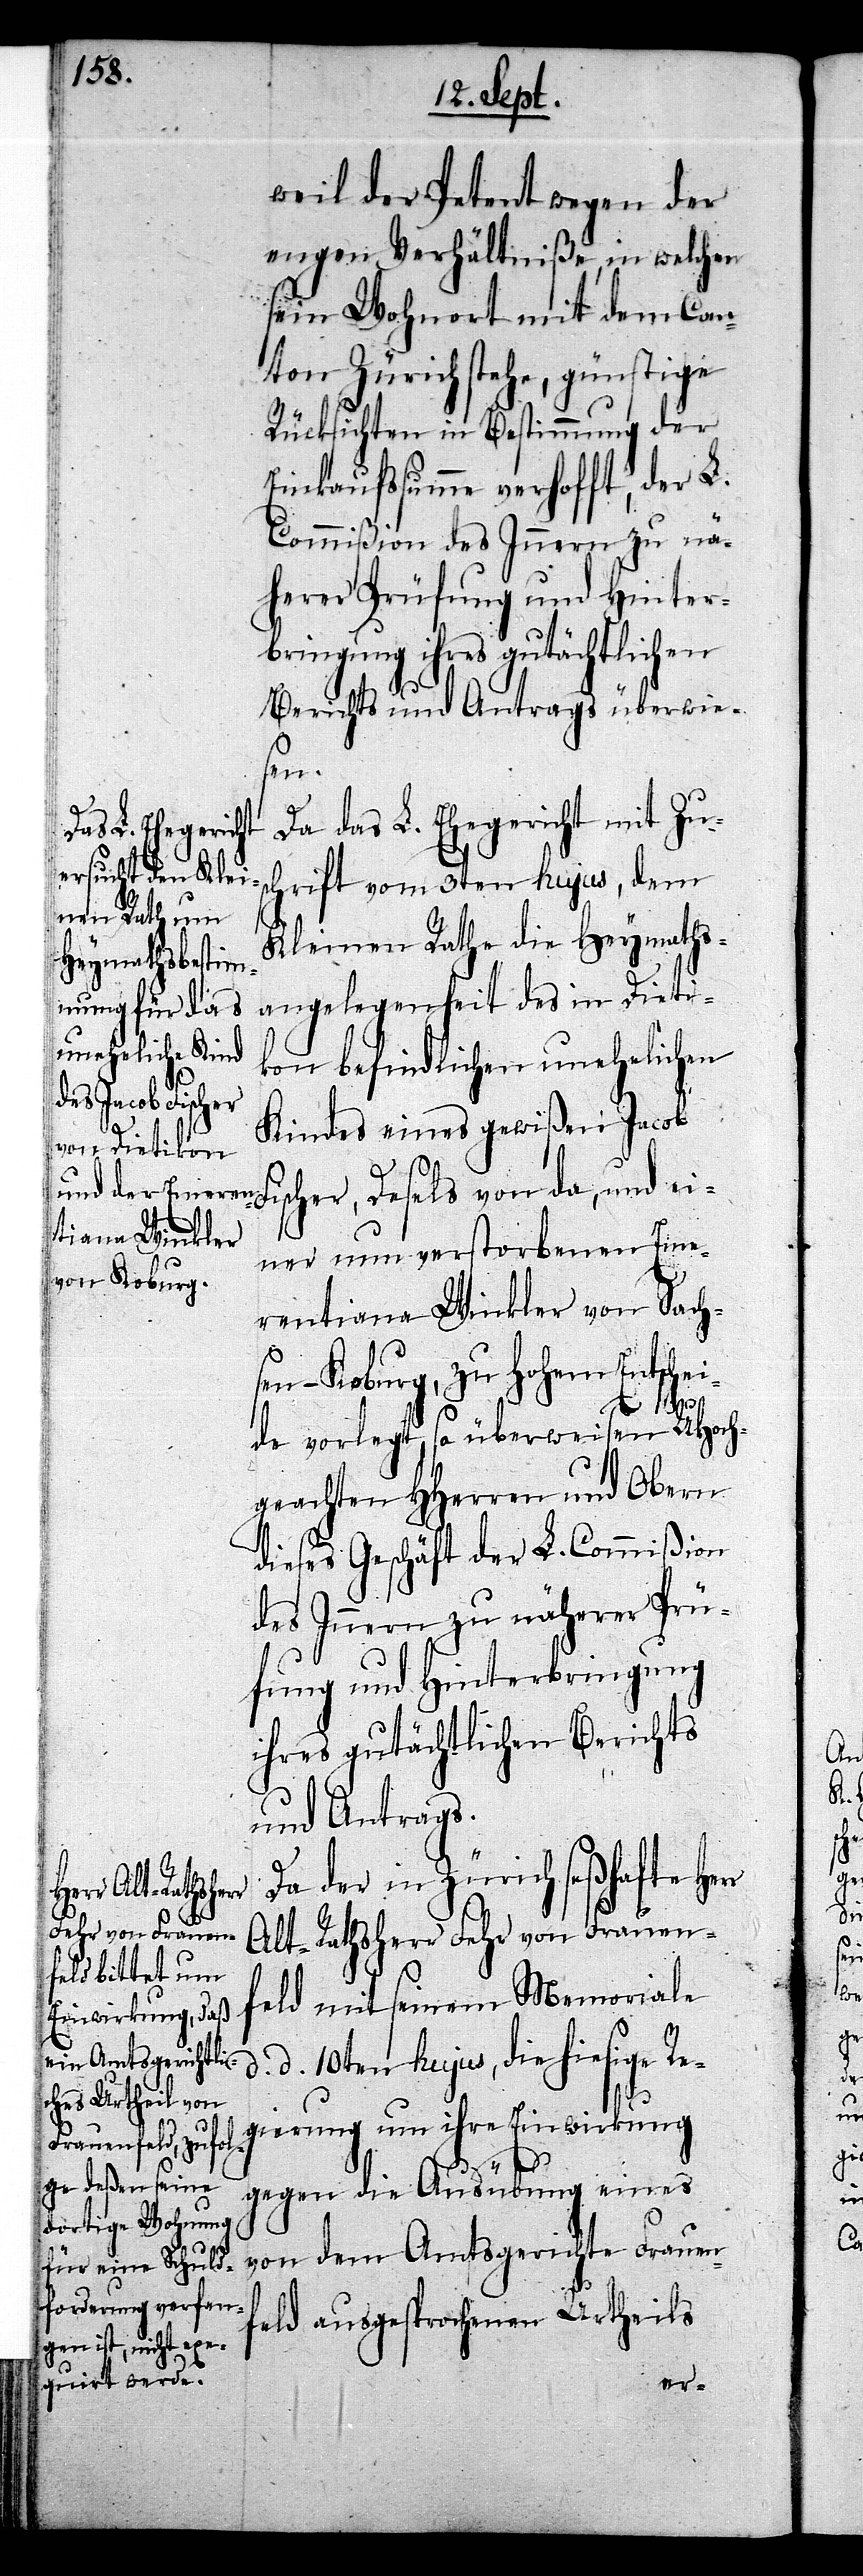
weil der Petent wegen der
engen Verhältniße, in welchen
sein Wohnort mit dem Can¬
ton Zürich stehe, günstige
Rücksichten in Bestimmung der
Einkaufssumme verhofft, der L.
Commißion des Innern zu nä¬
herer Prüfung und Hinter¬
bringung ihres gutächtlichen
Berichts und Antrags überwie¬
sen
rr
Da das L. Ehegericht mit Zu¬
schrift vom 3ten hujus, dem
Kleinen Rathe die Heymaths¬
angelegenheit des in Dieti¬
kon befindlichen unehelichen
Kindes eines gewißen Jacob
ner unverstorbenen Eme¬
rentiana Winkler von Sach¬
– Koburg, zu hohem Entschei¬
de vorlegt, so überweisen UHoch¬
geachten HHerren und Obern
dieses Geschäft der L. Commißion
des Innern zu näherer Prü¬
fung und Hinterbringung
ihres gutächtlichen Berichts
und Antrags.
Da der in Zürich seßhafte He¬
Alt-Rathsherr Fehr von Frauen¬
feld mit seinem Memoriale
d. d. 10ten hujus, die hiesige Re¬
gierung um ihre Einwirkung
gegen die Ausübung eines
von dem Amtsgerichte Frauen¬
feld ausgesprochenen Urtheils
ei¬